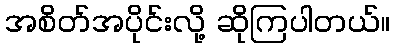
အစိတ်အပိုင်းလို့ ဆိုကြပါတယ်။